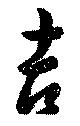
吉